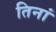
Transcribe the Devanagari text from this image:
तिनां